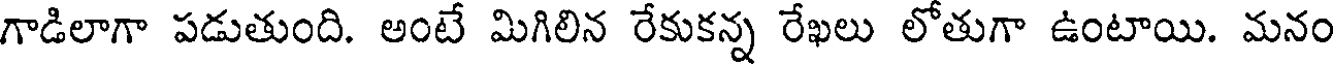
గాడిలాగా పడుతుంది. అంటే మిగిలిన రేకుకన్న రేఖలు లోతుగా ఉంటాయి. మనం